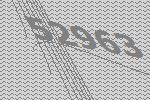
52963